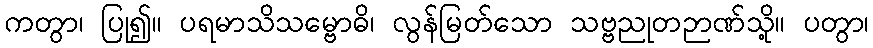
ကတွာ၊ ပြု၍။ ပရမာသိသမ္ဗောဓိ၊ လွန်မြတ်သော သဗ္ဗညုတဉာဏ်သို့။ ပတွာ၊